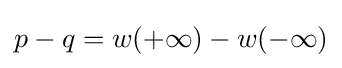
p-q=w(+\infty )-w(-\infty )